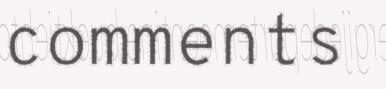
comments